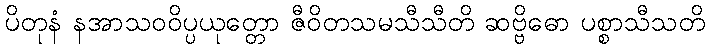
ပိတုနံ နအာသဝဝိပ္ပယုတ္တော ဇီဝိတသမသီသီတိ ဆဗ္ဗိဓော ပစ္စာသီသတိ